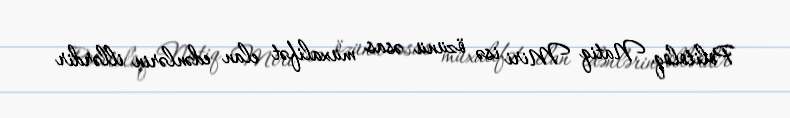
Politoloq Natiq Miri isə özünü əsas müxalifət elan edənlərin illərdir